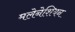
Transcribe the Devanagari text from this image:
मलेनेशियन